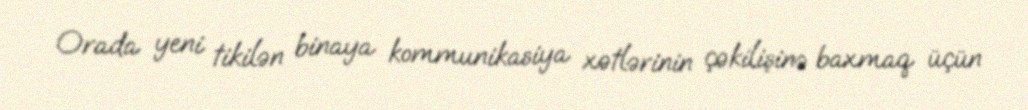
Orada yeni tikilən binaya kommunikasiya xətlərinin çəkilişinə baxmaq üçün